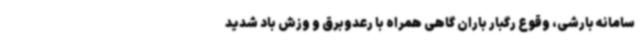
سامانه بارشی، وقوع رگبار باران گاهی همراه با رعدوبرق و وزش باد شدید